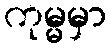
ကုမ္မမှာ